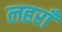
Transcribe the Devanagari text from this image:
लहराँ